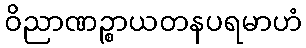
ဝိညာဏဉ္စာယတနပရမာဟံ